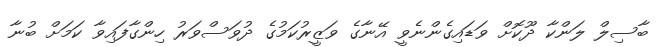
ބާސިލް ލަންކާ ދޫކޮށް ވަޑައިގެންނެވީ އޭނާގެ ވަޒީރުކަމުގެ ދުވަސްވަރު ހިންގާފައިވާ ކަމަށް ބުނާ